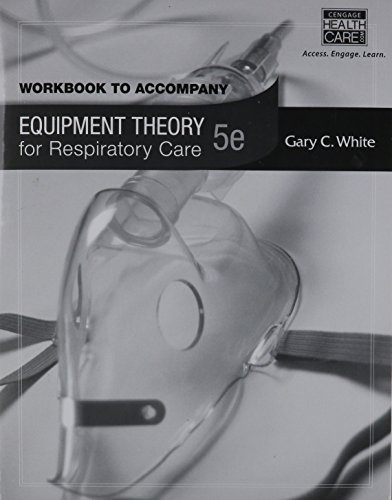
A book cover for Workbook for White's Equipment Theory for Respiratory Care, 5th; Gary White; Medical Books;